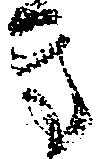
方